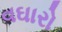
વઘારો